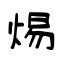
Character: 焬